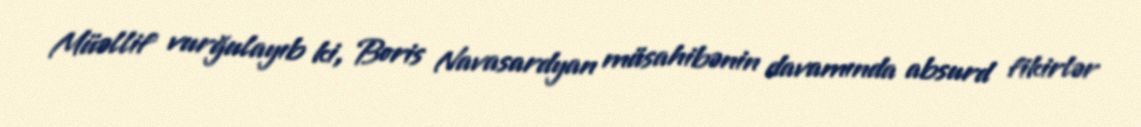
Müəllif vurğulayıb ki, Boris Navasardyan müsahibənin davamında absurd fikirlər